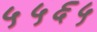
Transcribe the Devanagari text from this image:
५५६५